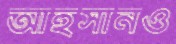
আহসানও